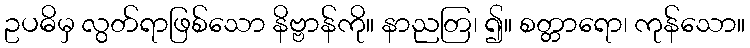
ဥပဓိမှ လွတ်ရာဖြစ်သော နိဗ္ဗာန်ကို။ နာညတြ၊ ၍။ စတ္တာရော၊ ကုန်သော။